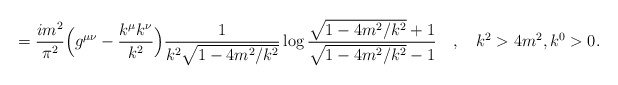
\begin{align*}=\frac{im^2}{\pi^2} \Bigl( g^{\mu \nu} - \frac{k^\mu k^\nu}{k^2} \Bigr)\frac{1}{k^2 \sqrt{1-4m^2/k^2}} \log \frac{\sqrt{1-4m^2/k^2}+1}{\sqrt{1-4m^2/k^2}-1} \quad ,\quad k^2>4m^2,k^0>0.\end{align*}